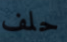
حلف